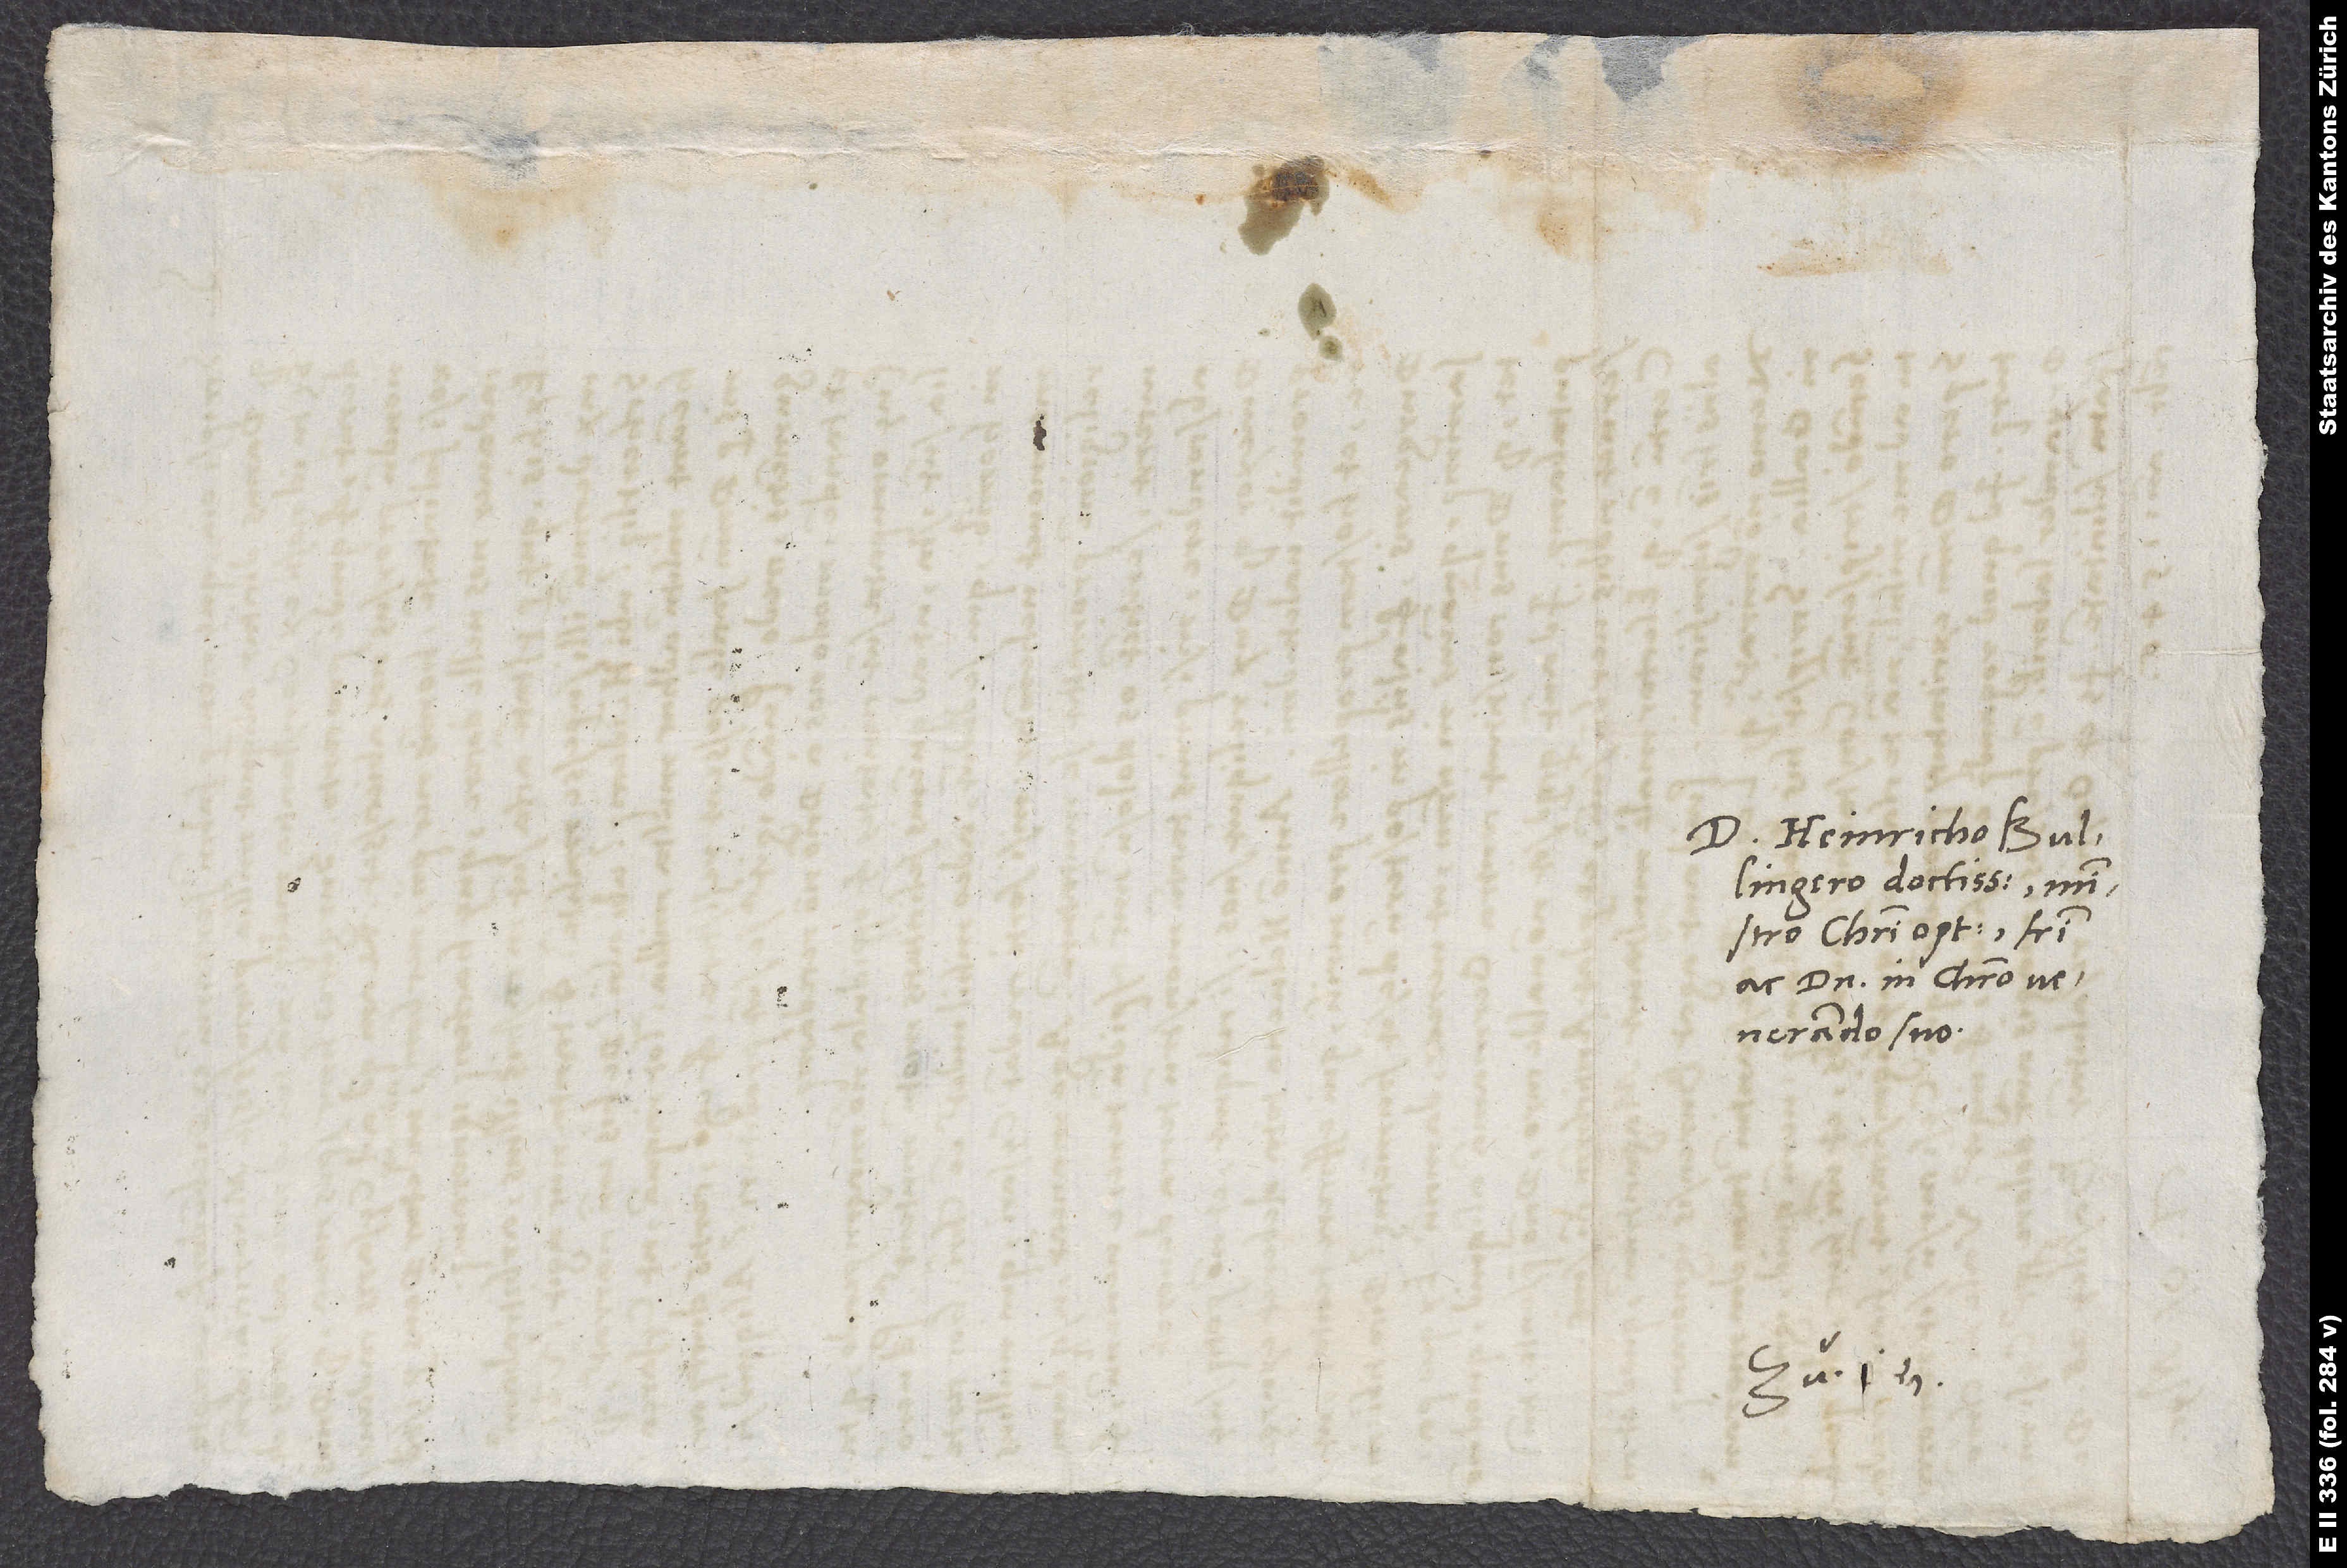
D. Heinricho Bullingero
Christi optimo, fratri
ac domino in Christo
venerando suo.